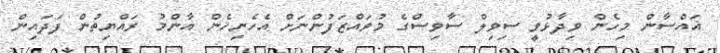
ޣައްސާން މިހެން ވިދާޅުވީ ސިވިލް ސާވިސްގެ މުވައްޒަފުންނަށް އެހެނިހެން އާންމު ރައްޔިތުން ފަދައިން